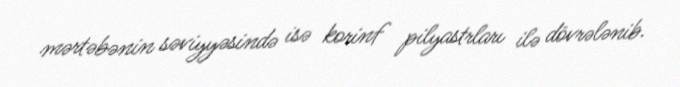
mərtəbənin səviyyəsində isə korinf pilyastrları ilə dövrələnib.